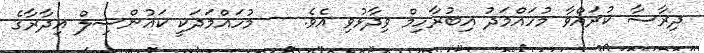
ދިރާސާ ކުރައްވާ މުހައްމަދު އިބުރާހިމް ވިދާޅުވި އެވެ. -- މުހައްމަދަކީ ކައުންސިލް އިދާރާގެ